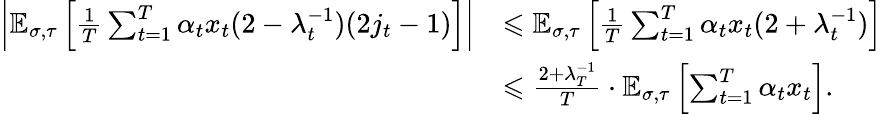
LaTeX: \begin{array}{rl}{\left|\mathbb{E}_{\sigma,\tau}\left[\frac{1}{T}\sum_{t=1}^{T}\alpha_{t}x_{t}(2-\lambda_{t}^{-1})(2j_{t}-1)\right]\right|}&{\leqslant\mathbb{E}_{\sigma,\tau}\left[\frac{1}{T}\sum_{t=1}^{T}\alpha_{t}x_{t}(2+\lambda_{t}^{-1})\right]}\\ &{\leqslant\frac{2+\lambda_{T}^{-1}}{T}\cdot\mathbb{E}_{\sigma,\tau}\left[\sum_{t=1}^{T}\alpha_{t}x_{t}\right].}\end{array}